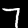
Label: 7